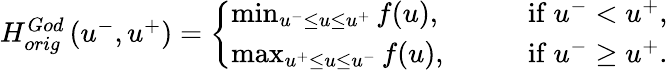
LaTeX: \begin{array}{r}{H_{orig}^{God}\left(u^{-},u^{+}\right)=\left\{ \begin{array}{ll}{\operatorname*{min}_{u^{-}\leq u\leq u^{+}}f(u),\qquad}&{\mathrm{if~}u^{-}<u^{+},}\\ {\operatorname*{max}_{u^{+}\leq u\leq u^{-}}f(u),\qquad}&{\mathrm{if~}u^{-}\geq u^{+}.}\end{array}\right.}\end{array}